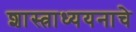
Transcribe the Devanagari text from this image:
शास्त्राध्ययनाचे